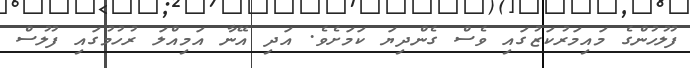
ފުލުހުންގެ މައިމަރުކަޒުގައި ވެސް ގެންދިޔަ ކަމަށެވެ. އަދި އޭނާ އަމިއްލަ ރުހުމުގައި ފުލުސް